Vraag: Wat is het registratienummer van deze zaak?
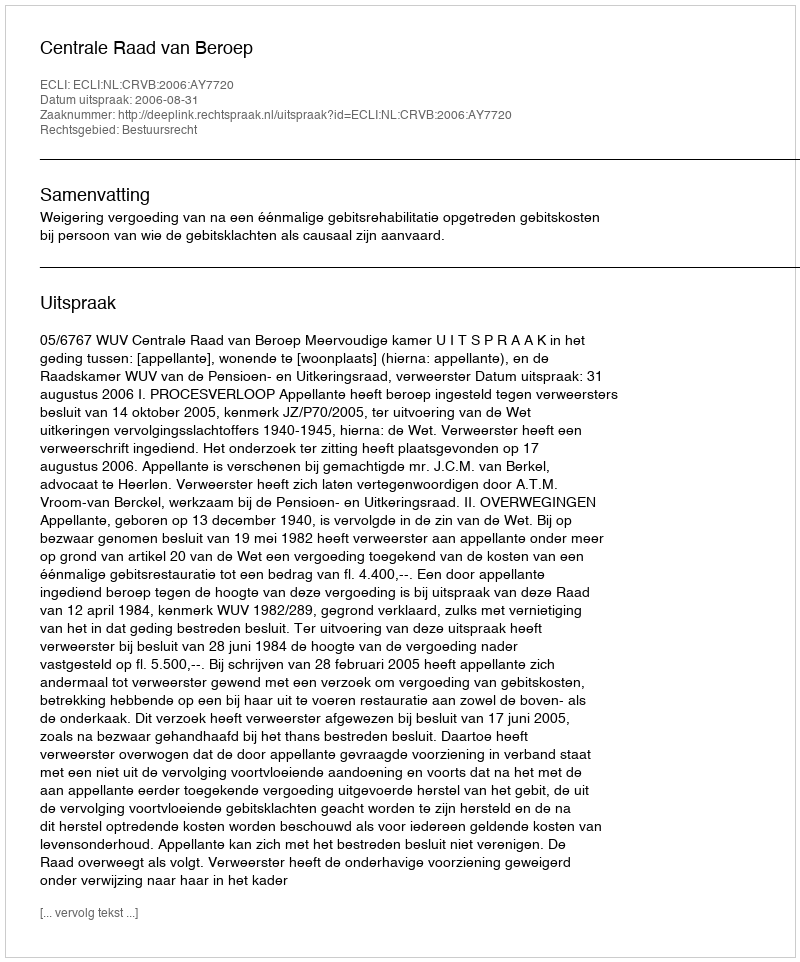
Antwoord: http://deeplink.rechtspraak.nl/uitspraak?id=ECLI:NL:CRVB:2006:AY7720